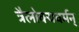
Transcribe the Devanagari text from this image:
त्रैलोक्यवर्मन्‌